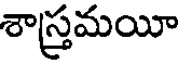
శాస్త్రమయీ